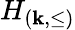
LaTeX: H_{(\mathbf{k},\leq)}